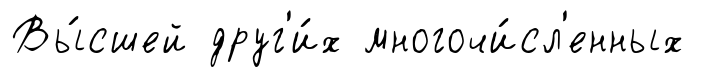
Вы́сшей друг'и́х многочи́сл'енных